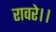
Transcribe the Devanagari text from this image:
रावरे।।